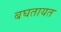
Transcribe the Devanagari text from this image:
बघतायत